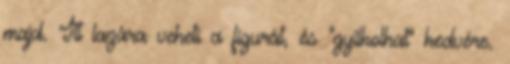
majd. Itt lazára veheti a figurát, és "gyilkolhat" kedvére.